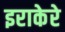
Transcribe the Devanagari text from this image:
इराकेरे